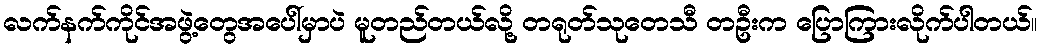
လက်နက်ကိုင်အဖွဲ့တွေအပေါ်မှာပဲ မူတည်တယ်လို့ တရုတ်သုတေသီ တဦးက ပြောကြားလိုက်ပါတယ်။